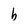
Character: b